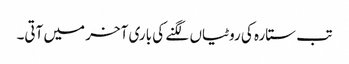
تب ستارہ کی روٹیاں لگنے کی باری آخر میں آتی۔